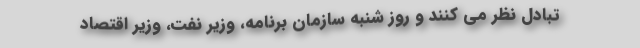
تبادل نظر می کنند و روز شنبه سازمان برنامه، وزیر نفت، وزیر اقتصاد